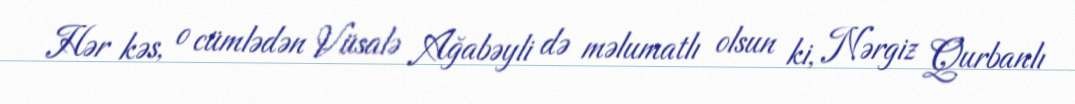
Hər kəs, o cümlədən Vüsalə Ağabəyli də məlumatlı olsun ki, Nərgiz Qurbanlı